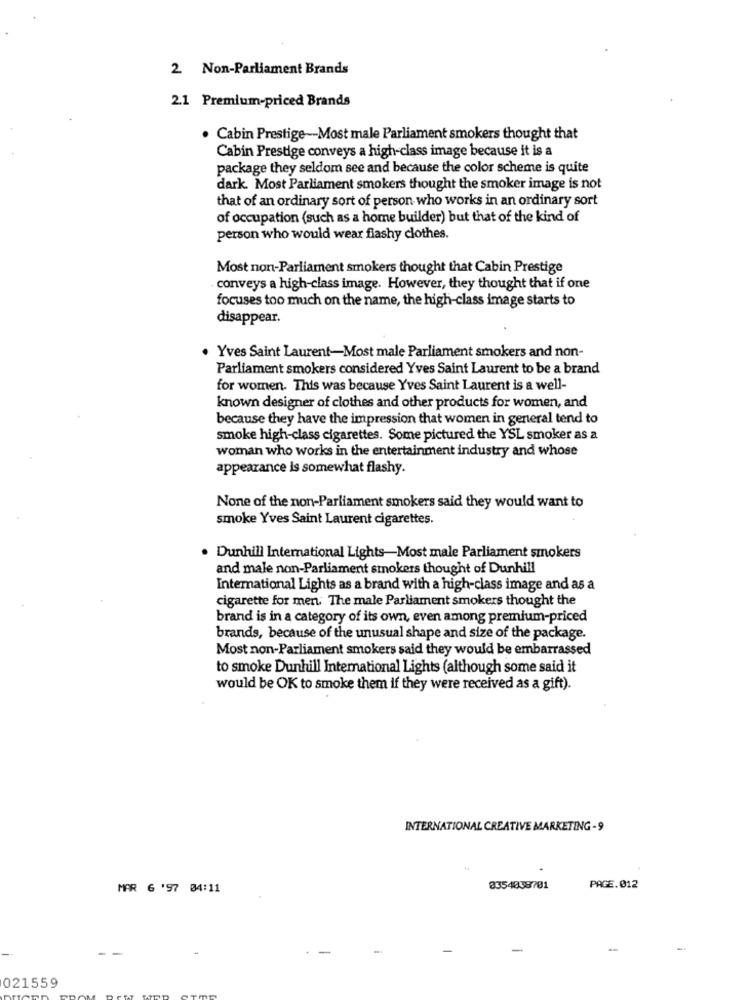
2 Non-Parliament Brands
2.1 Premium-priced Brands
. Cabin Prestige-Most male Parliament smokers thought that
Cabin Prestige conveys a high-class image because it is a
package they seldom see and because the color scheme is quite
dark. Most Parliament smokers thought the smoker image is not
that of an ordinary sort of person who works in an ordinary sort
of occupation (such as a home builder) but that of the kind of
person who would wear flashy clothes.
Most non-Parliament smokers thought that Cabin Prestige
conveys a high-class image. However, they thought that if one
focuses too much on the name, the high-class image starts to
disappear.
. Yves Saint Laurent-Most male Parliament smokers and non-
Parliament smokers considered Yves Saint Laurent to be a brand
for women. This was because Yves Saint Laurent is a well-
known designer of clothes and other products for women, and
because they have the impression that women in general tend to
smoke high-class cigarettes. Some pictured the YSL smoker as a
woman who works in the entertainment industry and whose
appearance is somewhat flashy.
None of the non-Parliament smokers said they would want to
smoke Yves Saint Laurent cigarettes.
. Dunhill International Lights-Most male Parliament smokers
and male non-Parliament smokers thought of Dunhill
International Lights as a brand with a high-class image and as a
cigarette for men. The male Parliament smokers thought the
brand is in a category of its own, even among premium-priced
brands, because of the unusual shape and size of the package.
Most non-Parliament smokers said they would be embarrassed
to smoke Dunhill International Lights (although some said it
would be OK to smoke them if they were received as a gift).
INTERNATIONAL CREATIVE MARKETING -9
MAR 6 '97 04:11
3354038701
PAGE.012
- -
-
021559